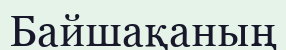
Байшақаның